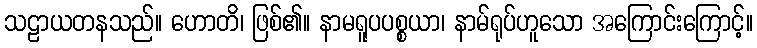
သဠာယတနသည်။ ဟောတိ၊ ဖြစ်၏။ နာမရူပပစ္စယာ၊ နာမ်ရုပ်ဟူသော အကြောင်းကြောင့်။